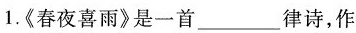
1.《春夜喜雨》是一首___律诗，作